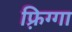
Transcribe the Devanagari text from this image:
फ़्रिग्गा